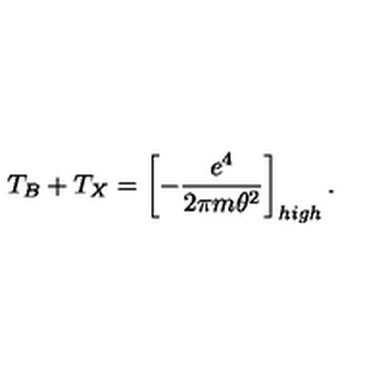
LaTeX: T _ { B } + T _ { X } = \left[ - \frac { e ^ { 4 } } { 2 \pi m \theta ^ { 2 } } \right] _ { h i g h } .